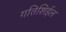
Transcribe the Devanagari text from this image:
गतिशिईल